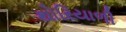
થોરિયાળી